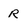
Character: R